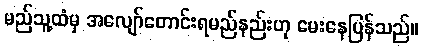
မည်သူ့ထံမှ အလျော်တောင်းရမည်နည်းဟု မေးနေပြန်သည်။